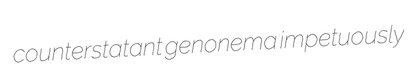
counterstatant genonema impetuously